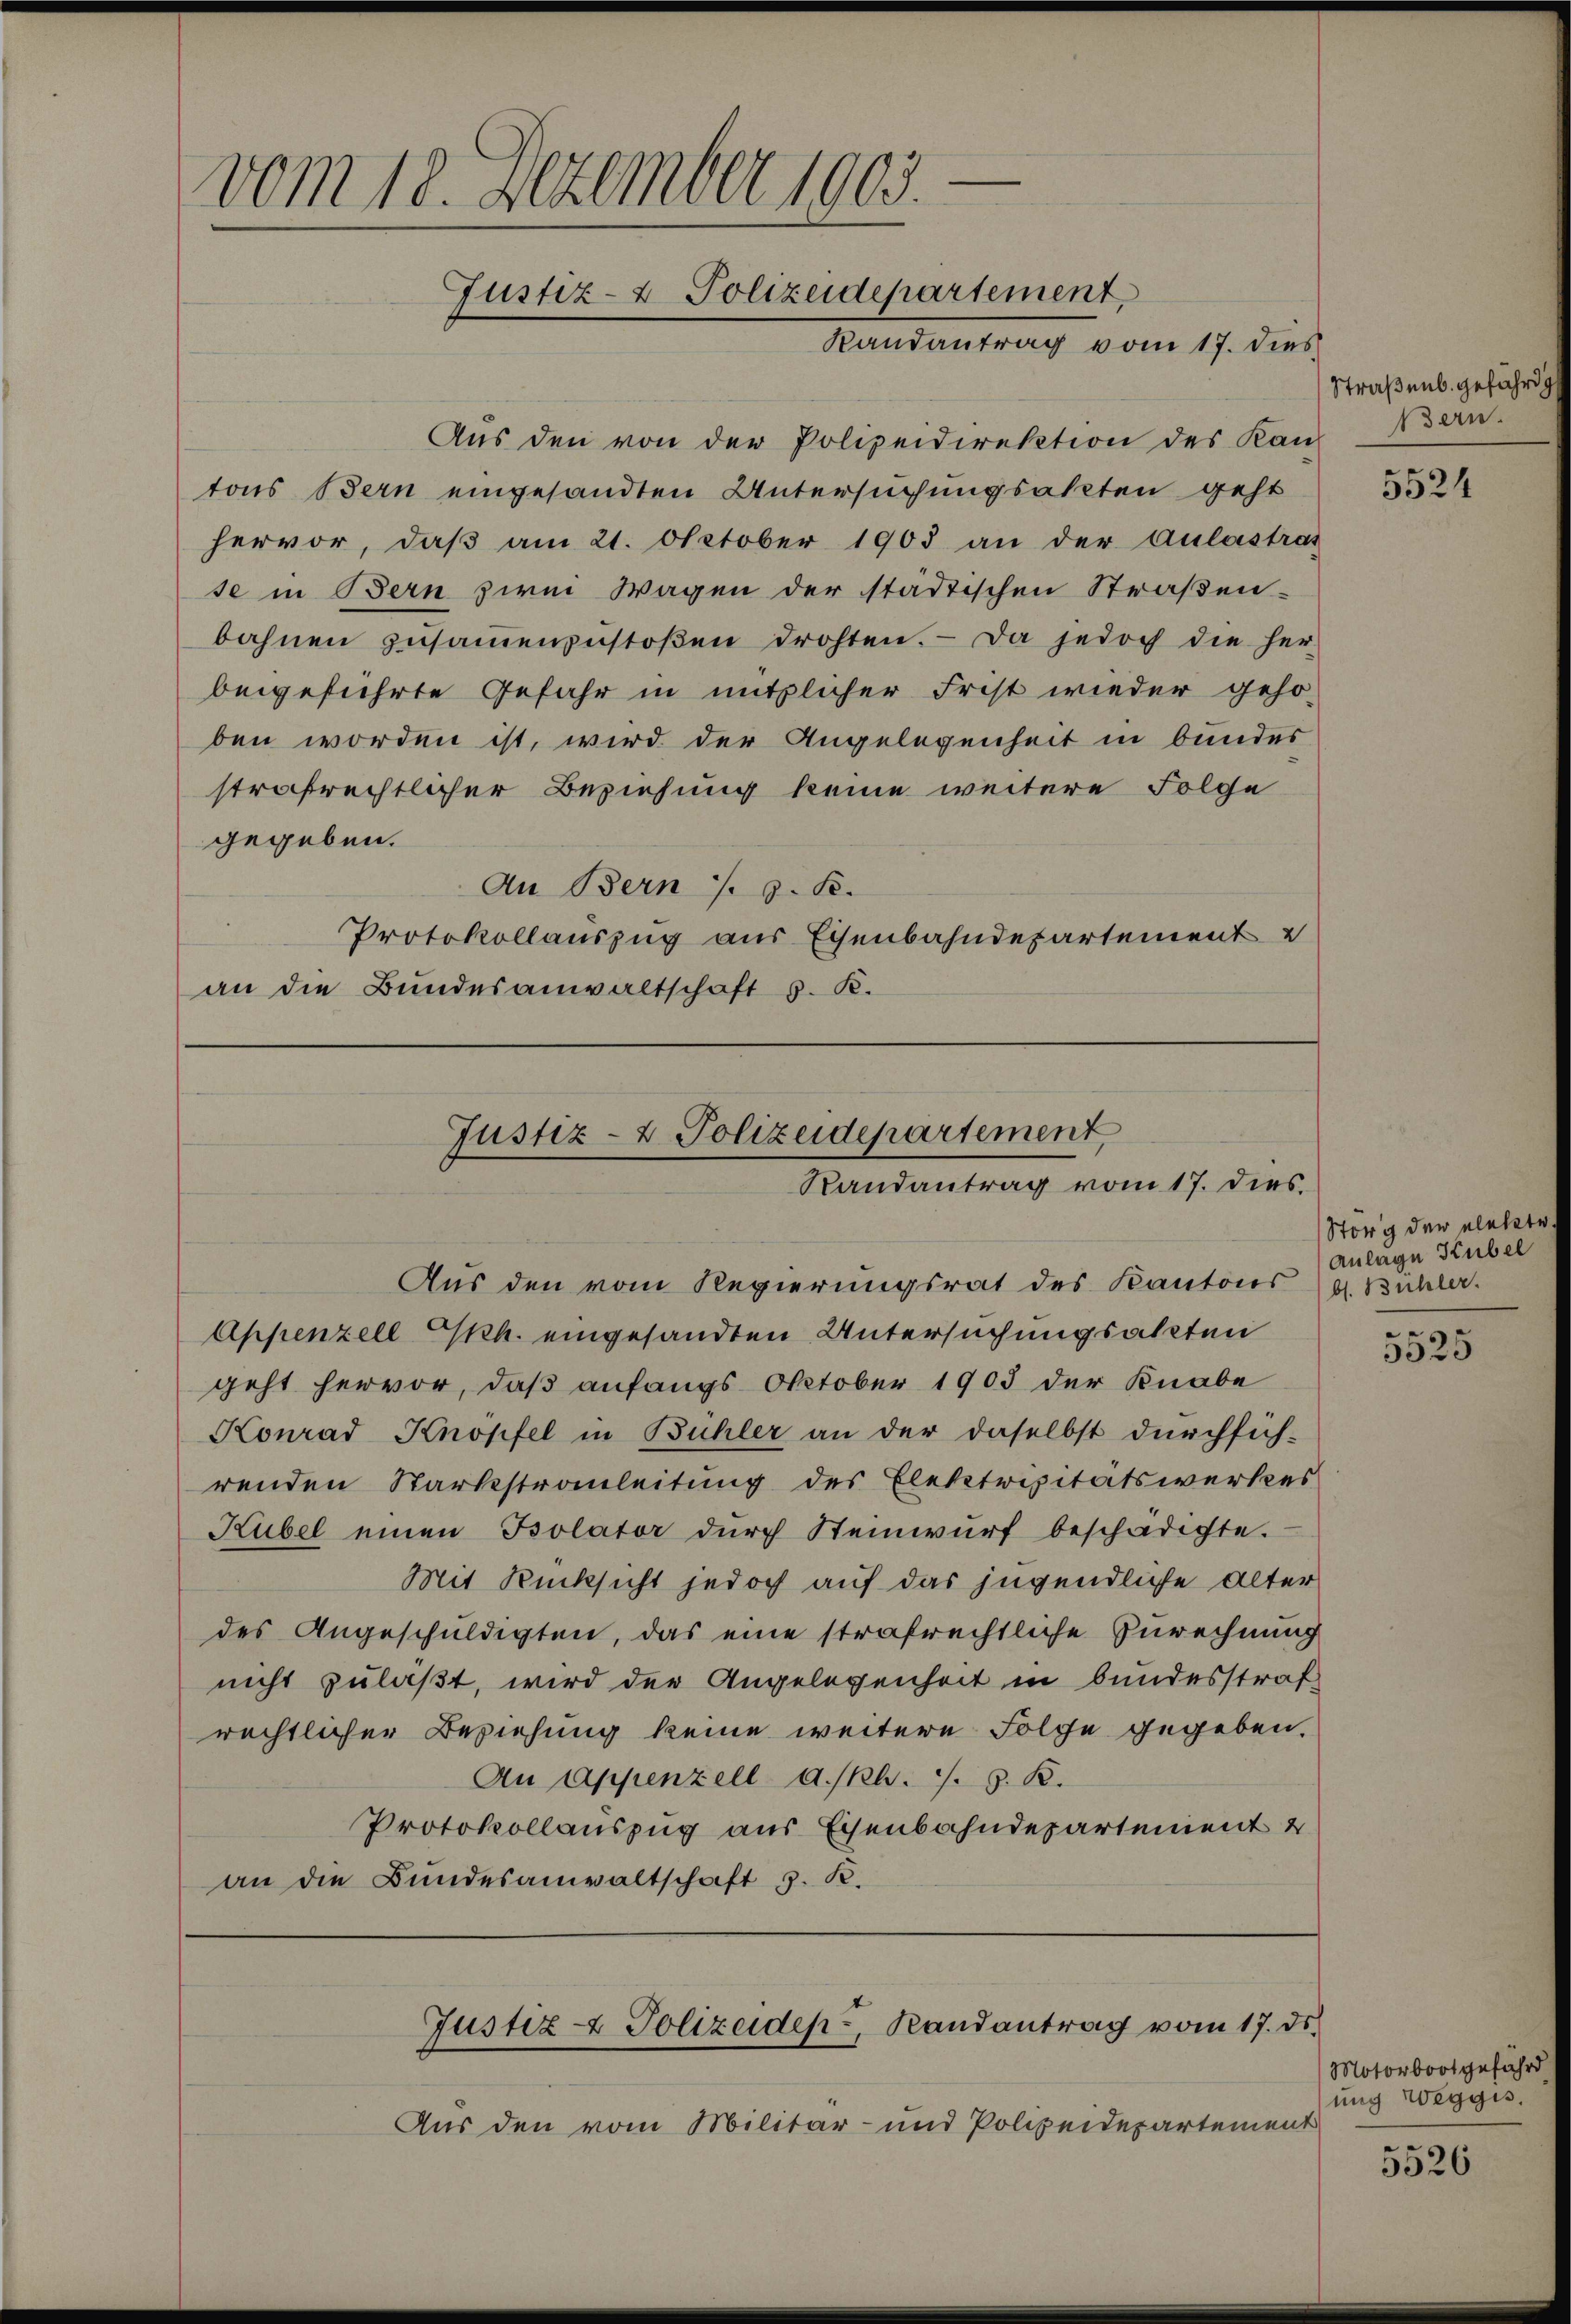
vom 18. Dezember 1903.
Justiz- & Polizeidepartement.
Randantrag vom 17. dies

Aus den von der Polizeidirektion des Kan-
tons Bern eingesandten Untersuchungsakten geht
hervor, daβ am 21. October 1903 an der Aulastras
se in Bern zwei Wagen der städtischen Straßen-
bahnen zŭsaṁenzŭstoβen drohten. Da jedoch die her-
beigeführte Gefahr in nützlicher Frist wieder gehö-
ben worden ist, wird der Angelegenheit in bundes
strafrechtlicher Beziehung keine weitere Folge
gegeben.
An Bern s. z. B.
Protokollauszug aus Eisenbahndepartement u
an die Bundesanwaltschaft s. R.

Justiz- & Polizeidepartement
Randantrag vom 17. dies.

Aus den vom Regierungsrat des Kantons Ca Bühler.
Appenzell kk. eingesandten Untersuchungsakten
geht hervor, daß anfangs October 1905 der Knabe
Konrad Knopfel in Bühler an der daselbst durchsich-
renden Starkestrauleitung des Elektrizitätswerkes
Hübel einen Psolator dŭrch Steinwŭrf beschädigte.
Mit Rücksicht jedoch auf das jugendliche Alter
des Angeschuldigten, das eine strafrechtliche Zurechnung
nicht zulaßt, wird der Angelegenheit in bundesstraf
rechtlicher Beziehung keine weitere Folge gegeben.
An Appenzell a. Jb. J. J. K.
Protokollauszug aus Eisenbahndepartement 2
an die Bundesanwaltschaft z. K.

Aus den vom Militär- und Polizeidepartement

Justiz- & Polizeiden, Randantrag vom 17. ds.

Straßenb. gefährdig
Bern.

5524

Störg der elekte
Anlage Kübel

5525

Motorboot gefährd
ung Weggis.

5526